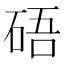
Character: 𥒾